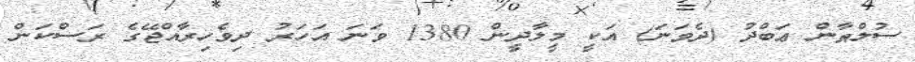
ސުލްޠާން ޢަބްދު (ދެވަނަ) އަކީ މީލާދީން 1380 ވަނަ އަހަރު ދިވެހިރާއްޖޭގެ ރަސްކަން